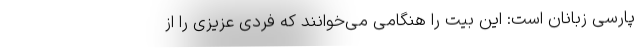
پارسی زبانان است: این بیت را هنگامی می‌خوانند که فردی عزیزی را از